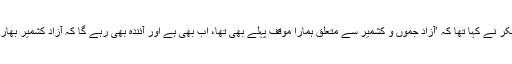
خیال رہے کہ بھارتی وزیر خارجہ ایس جے شنکر نے کہا تھا کہ ’آزاد جموں و کشمیر سے متعلق ہمارا موقف پہلے بھی تھا، اب بھی ہے اور آئندہ بھی رہے گا کہ آزاد کشمیر بھارت کا حصہ ہے اور ایک دن ہمارا کنٹرول ہوگا‘۔